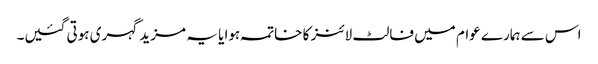
اس سے ہمارے عوام میں فالٹ لائنز کا خاتمہ ہوا یا یہ مزید گہری ہوتی گئیں۔